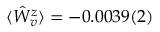
\langle \hat { W } _ { v } ^ { z } \rangle = - 0 . 0 0 3 9 ( 2 )